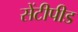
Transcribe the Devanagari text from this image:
सेंटीपीड